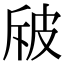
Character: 㿭